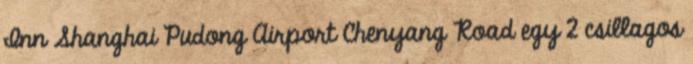
Inn Shanghai Pudong Airport Chenyang Road egy 2 csillagos